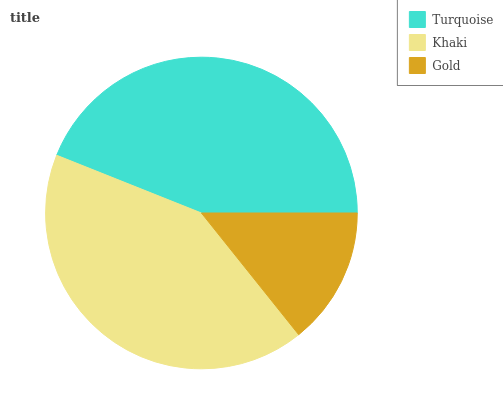
| Turquoise | Khaki | Gold |
 | --- | --- | --- |
 | 44% | 41.7% | 14.3% |